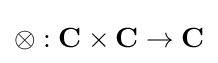
\otimes :\mathbf {C} \times \mathbf {C} \to \mathbf {C}